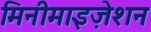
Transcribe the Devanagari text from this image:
मिनीमाइज़ेशन